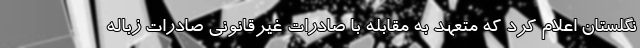
نگلستان اعلام کرد که متعهد به مقابله با صادرات غیرقانونی صادرات زباله